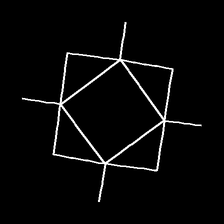
Glyph: light